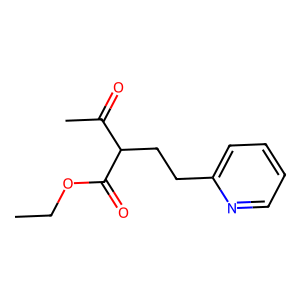
SMILES: CCOC(=O)C(CCc1ccccn1)C(C)=O
Inhibits HIV replication: No